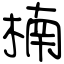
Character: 楠